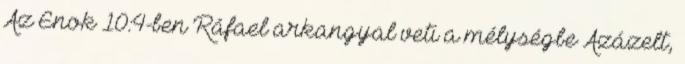
Az Énok 10:4-ben Ráfael arkangyal veti a mélységbe Azázelt,